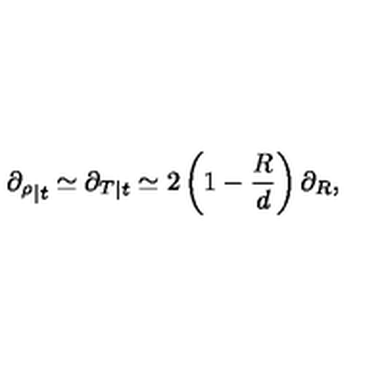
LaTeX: { \partial _ { \rho } } _ { | t } \simeq { \partial _ { T } } _ { | t } \simeq 2 \left( 1 - \frac { R } { d } \right) \partial _ { R } ,